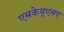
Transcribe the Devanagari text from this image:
एसकेयूएसए